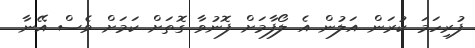
ފުރިހަމަ ކުރަން އަލުން އެ ލޯފާމަށް ފޮނުވާ ގޮތަށް ކަމަށް ވެސް އޭނާ